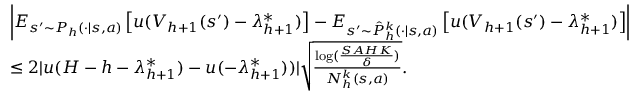
\begin{array} { r l } & { \left\vert E _ { s ^ { \prime } \sim P _ { h } ( \cdot \vert s , a ) } \left[ u ( V _ { h + 1 } ( s ^ { \prime } ) - \lambda _ { h + 1 } ^ { * } ) \right] - E _ { s ^ { \prime } \sim \hat { P } _ { h } ^ { k } ( \cdot \vert s , a ) } \left[ u ( V _ { h + 1 } ( s ^ { \prime } ) - \lambda _ { h + 1 } ^ { * } ) \right] \right\vert } \\ & { \leq 2 \vert u ( H - h - \lambda _ { h + 1 } ^ { * } ) - u ( - \lambda _ { h + 1 } ^ { * } ) ) \vert \sqrt { \frac { \log ( \frac { S A H K } { \delta } ) } { N _ { h } ^ { k } ( s , a ) } } . } \end{array}